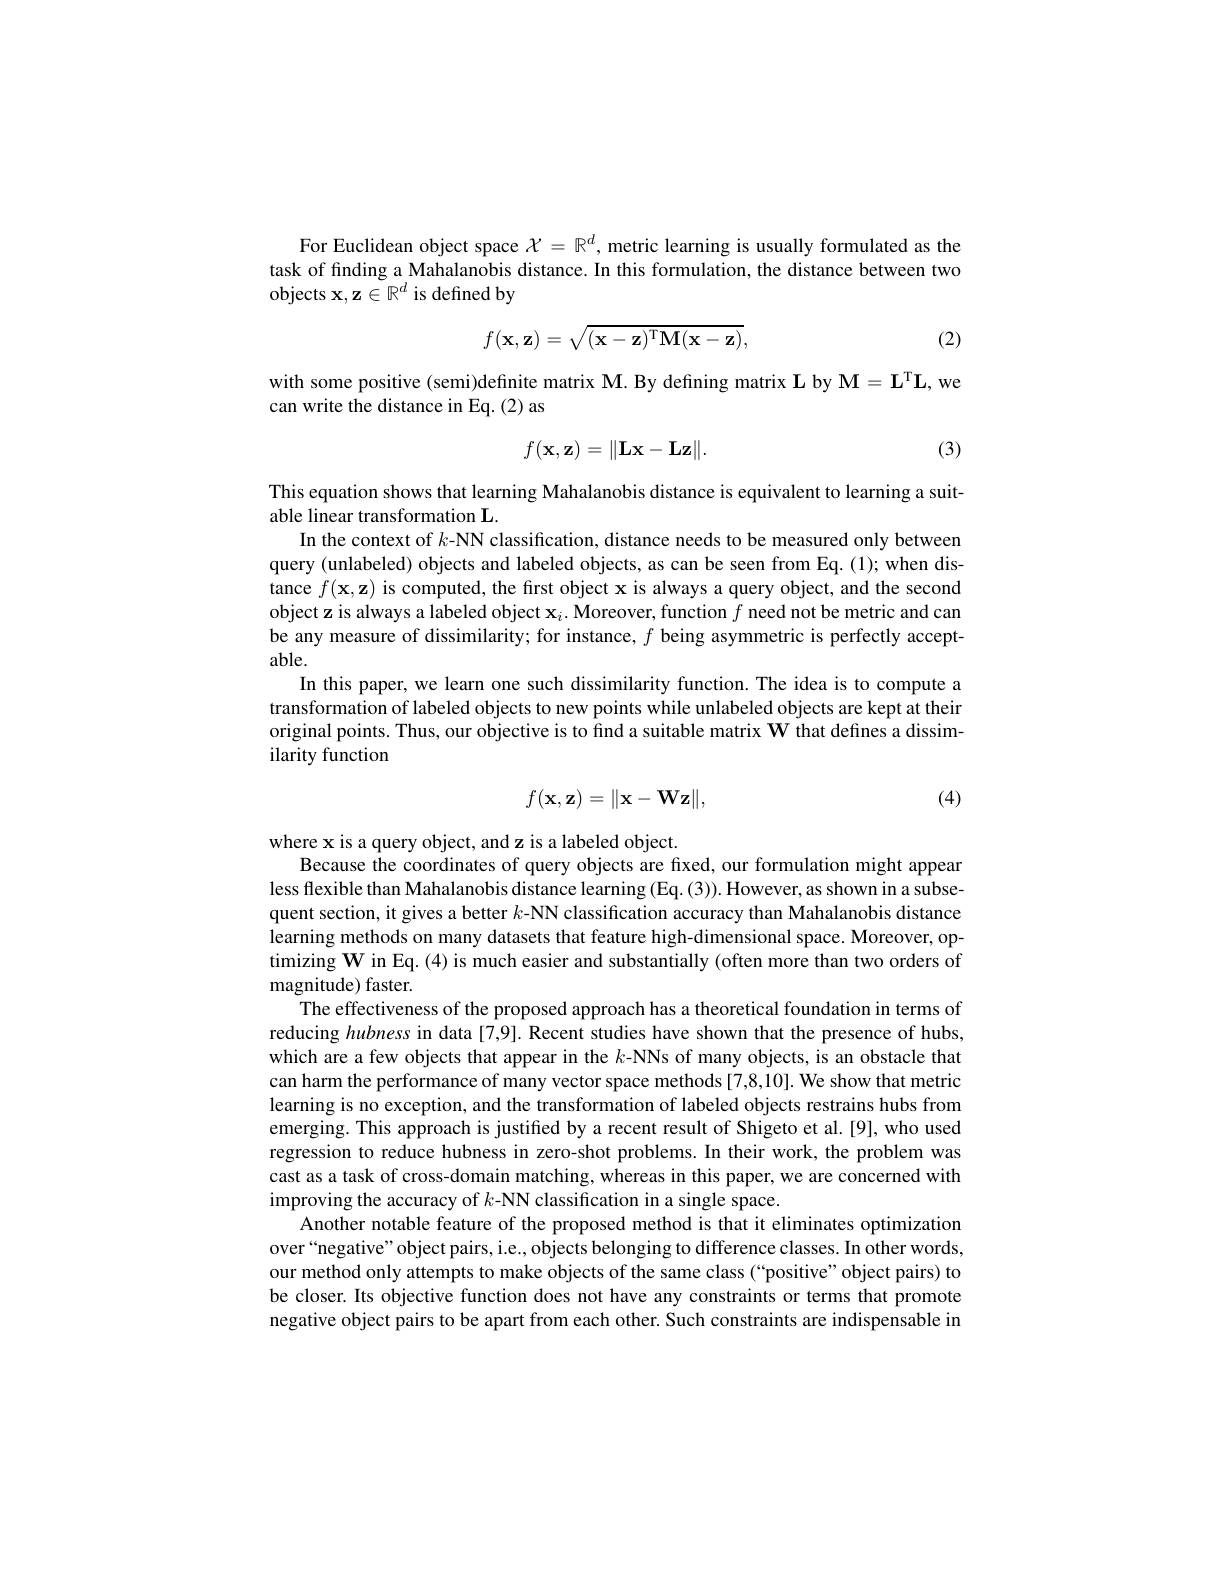
For Euclidean object space $\mathcal{X}=\mathbb{R}^d$, metric learning is usually formulated as the task of finding a Mahalanobis distance. In this formulation, the distance between two objects $\mathbf{x},\mathbf{z}\in\mathbb{R}^d$ is defined by
$$f(\mathbf{x},\mathbf{z})=\sqrt{(\mathbf{x}-\mathbf{z})^\mathrm{T}\mathbf{M}(\mathbf{x}-\mathbf{z})},$$
(2)

with some positive (semi)definite matrix M. By defining matrix $\mathbf{L}$ by $\mathbf{M} = \mathbf{L} ^{\mathrm{T} }\mathbf{L} $, we
can write the distance in Eq. (2) as
$$f(\mathbf{x},\mathbf{z})=\|\mathbf{Lx}-\mathbf{Lz}\|.$$
(3)

This equation shows that learning Mahalanobis distance is equivalent to learning a suit-
able linear transformation L.
In the context of $k$-NN classification, distance needs to be measured only between query (unlabeled) objects and labeled objects, as can be seen from Eq. (1); when distance $f(\mathbf{x},\mathbf{z})$ is computed, the first object x is always a query object, and the second object z is always a labeled object $\mathbf{x}_i.$ Moreover, function $f$ need not be metric and can be any measure of dissimilarity; for instance, $f$ being asymmetric is perfectly acceptable.
In this paper, we learn one such dissimilarity function. The idea is to compute a transformation of labeled objects to new points while unlabeled objects are kept at their original points. Thus, our objective is to find a suitable matrix $\mathbf{W}$ that defines a dissimilarity function
$$f(\mathbf{x},\mathbf{z})=\|\mathbf{x}-\mathbf{Wz}\|,$$
(4)

where x is a query object, and z is a labeled object.
Because the coordinates of query objects are fixed, our formulation might appear less flexible than Mahalanobis distance learning (Eq.(3)).However, as shown in a subsequent section, it gives a better $k$-NN classification accuracy than Mahalanobis distance learning methods on many datasets that feature high-dimensional space. Moreover, optimizing W in Eq.(4) is much easier and substantially (often more than two orders of magnitude) faster.
The effectiveness of the proposed approach has a theoretical foundation in terms of reducing hubness in data [7,9]. Recent studies have shown that the presence of hubs, which are a few objects that appear in the $k$-NNs of many objects, is an obstacle that can harm the performance of many vector space methods [7,8,10]. We show that metric learning is no exception, and the transformation of labeled objects restrains hubs from emerging. This approach is justified by a recent result of Shigeto et al.[9], who used regression to reduce hubness in zero-shot problems. In their work, the problem was cast as a task of cross-domain matching, whereas in this paper, we are concerned with improving the accuracy of $k$-NN classification in a single space.
Another notable feature of the proposed method is that it eliminates optimization over“negative”object pairs, i.e., objects belonging to difference classes. In other words, our method only attempts to make objects of the same class (“positive”object pairs) to be closer. Its objective function does not have any constraints or terms that promote negative object pairs to be apart from each other. Such constraints are indispensable in